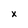
Character: x